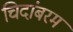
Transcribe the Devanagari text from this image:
चिदांबरम